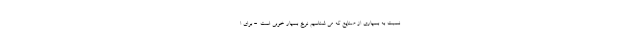
نسبت به بسیاری از صنایع که می شناسیم نرخ بسیار خوبی است. - برای ا